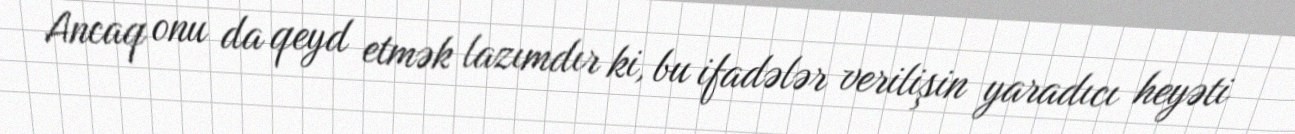
Ancaq onu da qeyd etmək lazımdır ki, bu ifadələr verilişin yaradıcı heyəti